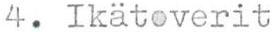
4. Ikätoverit